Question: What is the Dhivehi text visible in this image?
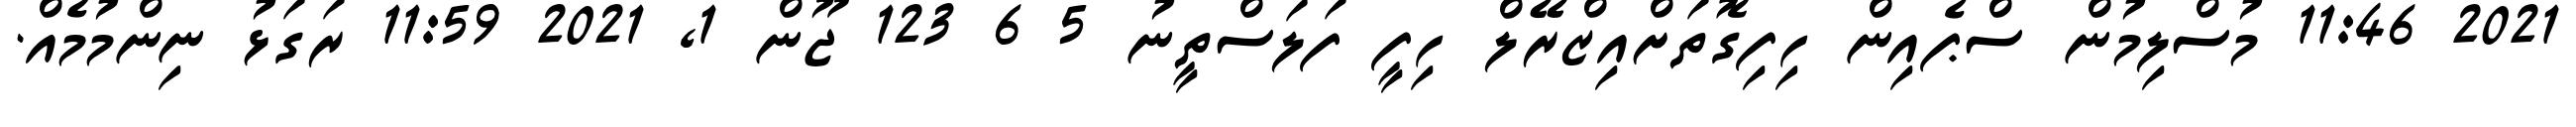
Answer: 2021 11:46 މުސްލިމުން ސްޕެއިން ހިފިގޮތަށްއިޒްރޭލް ހިފީ ފަލަސްތީނު 5 6 123 ޖޫން 1, 2021 11:59 ރަގަޅު ނިންމުމެއް.